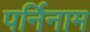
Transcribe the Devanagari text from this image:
पर्निनाम